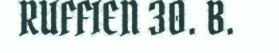
RUFFIEN 30. B.